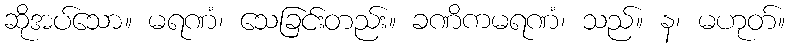
ဆိုအပ်သော။ မရဏံ၊ သေခြင်းတည်း။ ခဏိကမရဏံ၊ သည်။ န၊ မဟုတ်။